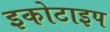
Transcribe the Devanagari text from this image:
इकोटाइप